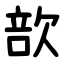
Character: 㰴